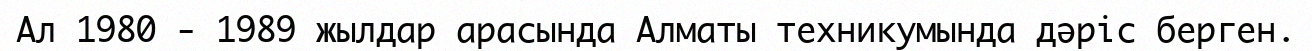
Ал 1980 - 1989 жылдар арасында Алматы техникумында дәріс берген.